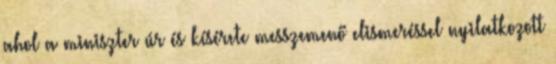
ahol a miniszter úr és kísérete messzemenő elismeréssel nyilatkozott